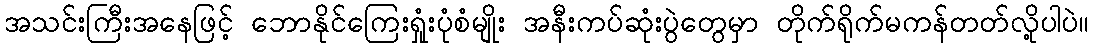
အသင်းကြီးအနေဖြင့် ဘောနိုင်ကြေးရှုံးပုံစံမျိုး အနီးကပ်ဆုံးပွဲတွေမှာ တိုက်ရိုက်မကန်တတ်လို့ပါပဲ။